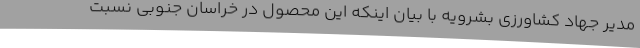
مدیر جهاد کشاورزی بشرویه با بیان اینکه این محصول در خراسان جنوبی نسبت